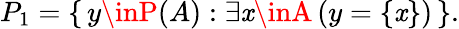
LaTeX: P_{1}=\{ \, y\inP(A):\exists\mathit{x}\inA\, (y=\{ \mathit{x}\} )\, \} .